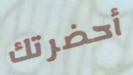
أحضرتك